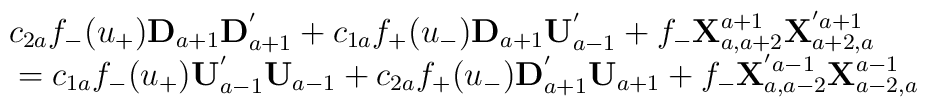
\begin{array}{l}c_{2a}f_{-}(u_{+}){\bf D}_{a+1}{\bf D}_{a+1}^{'}+c_{1a}f_{+}(u_{-}){\bf D}_{a+1}{\bf U}_{a-1}^{'}+f_{-}{\bf X}^{a+1}_{a,a+2}{\bf X}^{'a+1}_{a+2,a}\\\mbox{}=c_{1a}f_{-}(u_{+}){\bf U}_{a-1}^{'}{\bf U}_{a-1}+c_{2a}f_{+}(u_{-}){\bf D}_{a+1}^{'}{\bf U}_{a+1}+f_{-}{\bf X}^{'a-1}_{a,a-2}{\bf X}^{a-1}_{a-2,a}\end{array}